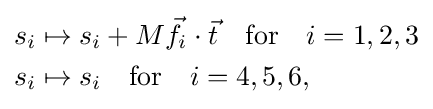
{\begin{aligned}s_{i}&\mapsto s_{i}+M{\vec {f}}_{i}\cdot {\vec {t}}\quad \mathrm {for} \quad i=1,2,3\\s_{i}&\mapsto s_{i}\quad \mathrm {for} \quad i=4,5,6,\\\end{aligned}}